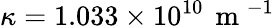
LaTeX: \kappa=1.033\times 10^{10}\, \mathrm{~m~}^{-1}